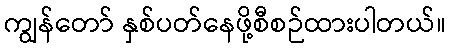
ကျွန်တော် နှစ်ပတ်နေဖို့စီစဉ်ထားပါတယ်။